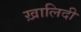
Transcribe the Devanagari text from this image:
ख़ालिदी